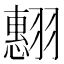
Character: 𮋍